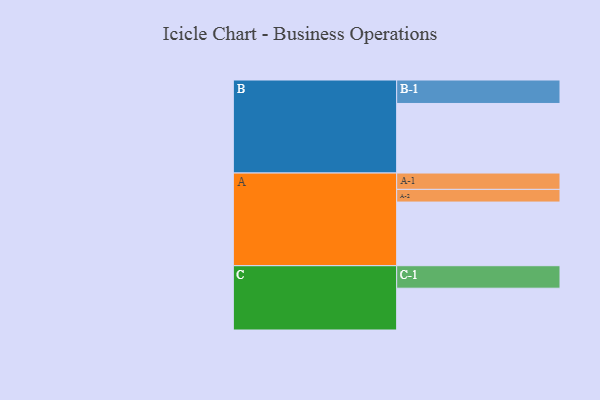
{"axis": {"x": "Segment", "y": "Value"}, "legend": ["", "A", "B", "C"], "data": [{"x": "A", "y": 518, "type": ""}, {"x": "B", "y": 566, "type": ""}, {"x": "C", "y": 340, "type": ""}, {"x": "A-1", "y": 133, "type": "A"}, {"x": "A-2", "y": 103, "type": "A"}, {"x": "B-1", "y": 191, "type": "B"}, {"x": "C-1", "y": 183, "type": "C"}]}